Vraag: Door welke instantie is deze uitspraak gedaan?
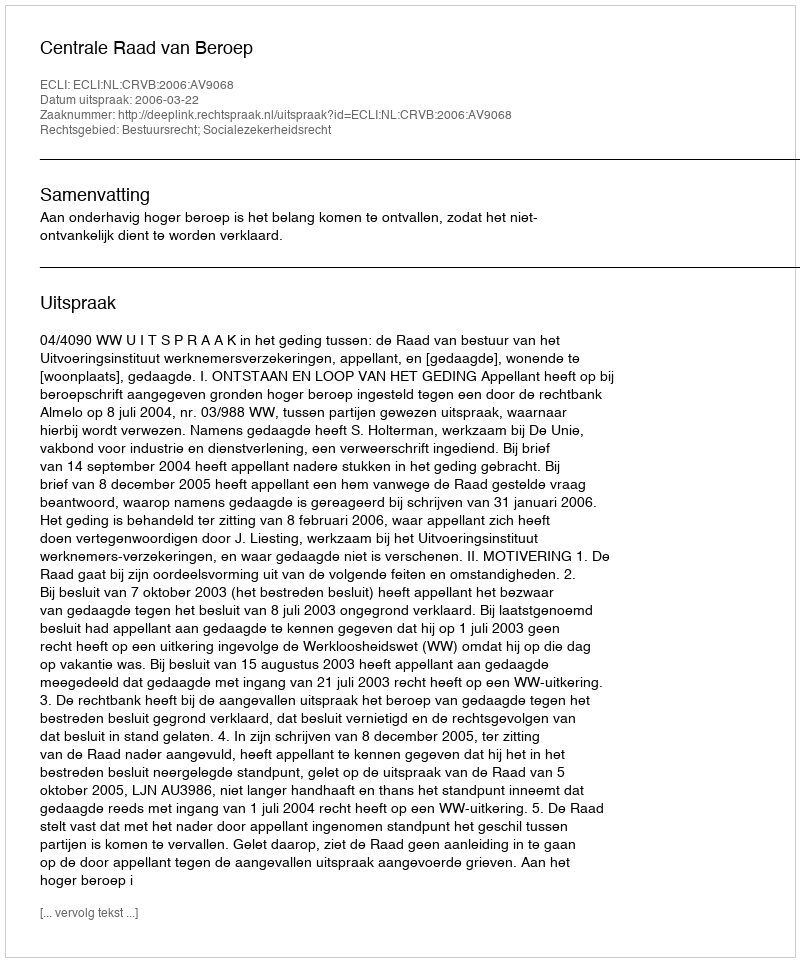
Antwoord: Centrale Raad van Beroep